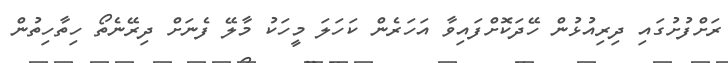
ރަށްފުށުގައި ދިރިއުޅުން ހޭދަކޮށްފައިވާ އަހަރެން ކަހަލަ މީހަކު މާލޭ ފެނަށް ދިރޭނެތޯ ހިތާހިތުން